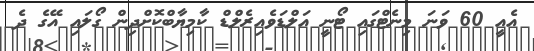
އެއީ 60 ވަނަ މިނެޓްގައި ޓޯނީ އަލްޑަވެއިރެލްޑް ކާމިޔާބްކޮށްދިން ގޯލައި އޭގެ ދެ